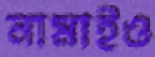
নামাইও